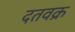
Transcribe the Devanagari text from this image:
दतवक्र